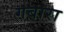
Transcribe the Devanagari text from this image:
गबारा